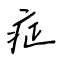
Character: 症